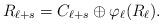
LaTeX: \begin{align*}R_{\ell+s} = C_{\ell +s} \oplus \varphi_{\ell}(R_\ell).\end{align*}